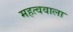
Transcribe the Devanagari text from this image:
महत्ववाला